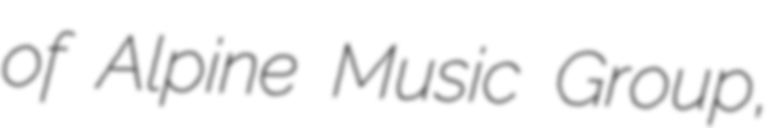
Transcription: of Alpine Music Group,